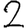
Digit: 2